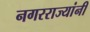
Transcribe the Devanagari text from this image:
नगरराज्यांनी